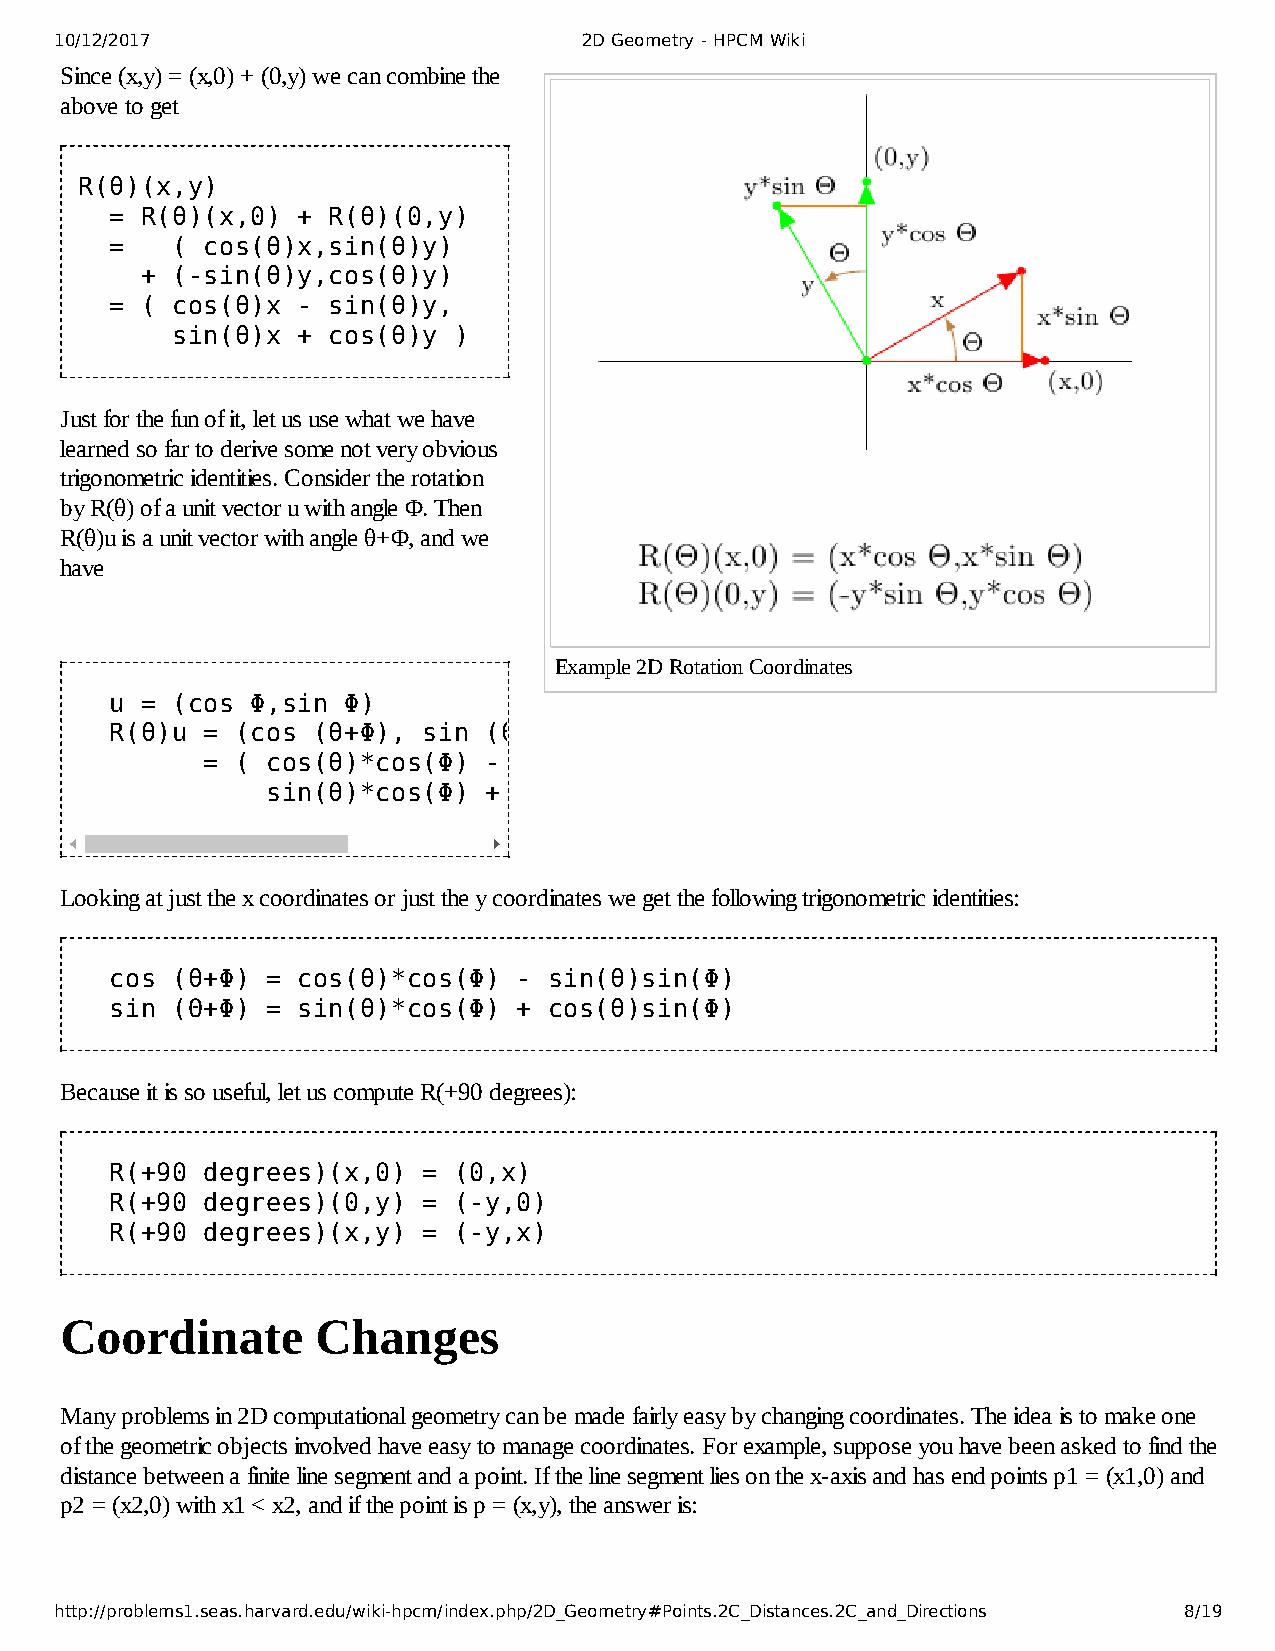
10/12/2017                         2D Geometry - HPCM Wiki
 Since (x,y) = (x,0) + (0,y) we can combine the
 above to get
 R(θ)(x,y)
 = R(θ)(x,0)  + R(θ)(0,y)
 =   ( cos(θ)x,sin(θ)y)
 + (-sin(θ)y,cos(θ)y)
 = ( cos(θ)x  - sin(θ)y,
 sin(θ)x  + cos(θ)y )
 Just for the fun of it, let us use what we have
 learned so far to derive some not very obvious
 trigonometric identities. Consider the rotation
 by R(θ) of a unit vector u with angle Φ. Then
 R(θ)u is a unit vector with angle θ+Φ, and we
 have
 Example 2D Rotation Coordinates
 u = (cos  Φ,sin Φ)
 R(θ)u =  (cos (θ+Φ), sin (θ+Φ))
 =  ( cos(θ)*cos(Φ) - sin(θ)sin(Φ),
 sin(θ)*cos(Φ) + cos(θ)sin(Φ)  )
 Looking at just the x coordinates or just the y coordinates we get the following trigonometric identities:
 cos (θ+Φ)  = cos(θ)*cos(Φ) - sin(θ)sin(Φ)
 sin (Θ+Φ)  = sin(θ)*cos(Φ) + cos(θ)sin(Φ)
 Because it is so useful, let us compute R(+90 degrees):
 R(+90 degrees)(x,0)  = (0,x)
 R(+90 degrees)(0,y)  = (-y,0)
 R(+90 degrees)(x,y)  = (-y,x)
 Coordinate       Changes
 Many problems in 2D computational geometry can be made fairly easy by changing coordinates. The idea is to make one
 of the geometric objects involved have easy to manage coordinates. For example, suppose you have been asked to find the
 distance between a finite line segment and a point. If the line segment lies on the x-axis and has end points p1 = (x1,0) and
 p2 = (x2,0) with x1 < x2, and if the point is p = (x,y), the answer is:
 http://problems1.seas.harvard.edu/wiki-hpcm/index.php/2D_Geometry#Points.2C_Distances.2C_and_Directions 8/19